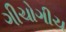
ગીચોગીચ